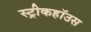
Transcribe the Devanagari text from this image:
स्ट्रीकहॉउस